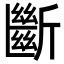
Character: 斷